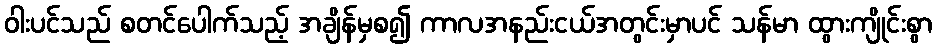
ဝါးပင်သည် စတင်ပေါက်သည့် အချိန်မှစ၍ ကာလအနည်းငယ်အတွင်းမှာပင် သန်မာ ထွားကျိုင်းစွာ